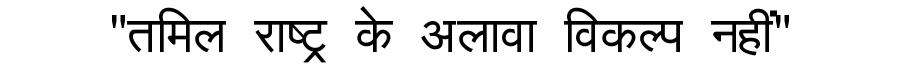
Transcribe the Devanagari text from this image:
"तमिल राष्ट्र के अलावा विकल्प नहीं"